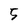
Character: 5